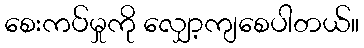
စေးကပ်မှုကို လျှော့ကျစေပါတယ်။